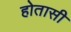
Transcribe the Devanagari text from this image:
होतासी